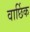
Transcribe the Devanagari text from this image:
वार्छिक